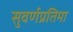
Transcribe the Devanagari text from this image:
सुवर्णप्रतिमा